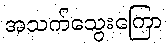
အသက်သွေးကြော